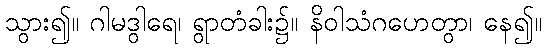
သွား၍။ ဂါမဒွါရေ၊ ရွာတံခါး၌။ နိဝါသံဂဟေတွာ၊ နေ၍။